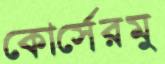
কোর্সেরমু